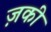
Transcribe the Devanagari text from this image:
ज़की